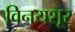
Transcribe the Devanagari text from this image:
विनयशूर